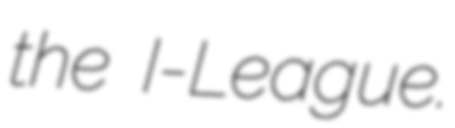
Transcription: the I-League.